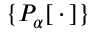
\{ P _ { \alpha } [ \, \cdot \, ] \}